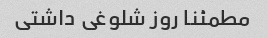
مطمئنا روز شلوغی داشتی